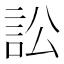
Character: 訟